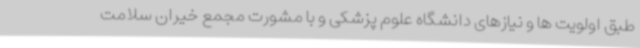
طبق اولویت ها و نیازهای دانشگاه علوم پزشکی و با مشورت مجمع خیران سلامت